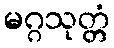
မဂ္ဂသုတ္တံ